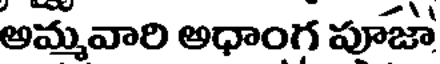
అమ్మవారి అధాంగ పూజా